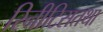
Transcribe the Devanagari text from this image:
रिनीटिसतथा